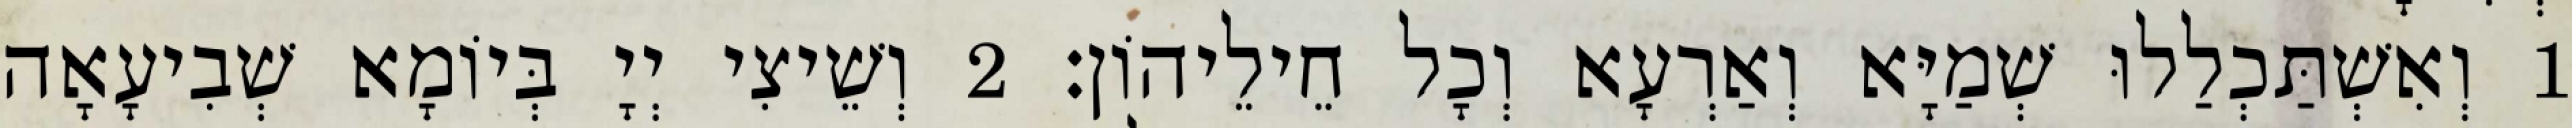
1 וְאִשְׁתַּכְלַלוּ שְׁמַיָּא וְאַרְעָא וְכָל חֵילֵיהוֹן׃ 2 וְשֵׁיצִי יְיָ בְּיוֹמָא שְׁבִיעָאָה